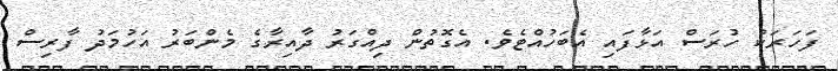
ފަހަރަކު ހުރަސް އަޅާފައި އެބަހުއްޓެވެ. އެގޮތުން ދިއްގަރު ދާއިރާގެ މެންބަރު އަހުމަދު ފާރިސް